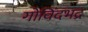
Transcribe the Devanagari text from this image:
गोविंदभद्र